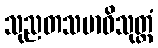
သုညတသမာဓိသုတ္တံ